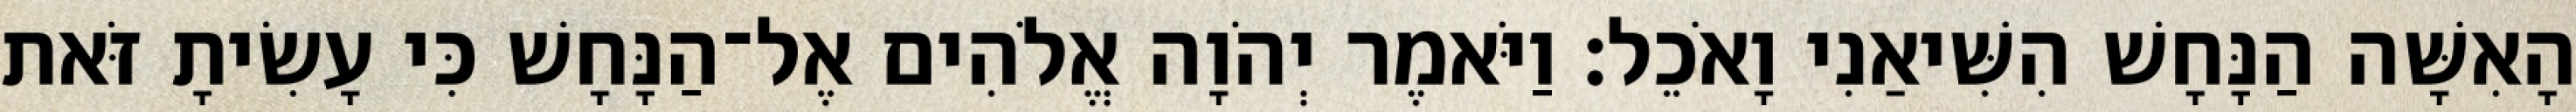
הָאִשָּׁה הַנָּחָשׁ הִשִּׁיאַנִי וָאֹכֵל׃ וַיֹּאמֶר יְהֹוָה אֱלֹהִים אֶל־הַנָּחָשׁ כִּי עָשִׂיתָ זֹּאת